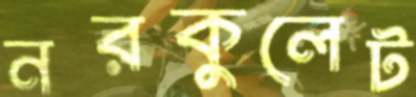
নরকুলেট